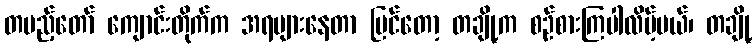
တပည့်တော် ကျောင်းတိုက်က အရများနေတာ မြင်တော့ တချို့က စဉ်စားကြပါလိမ့်မယ်၊ တချို့